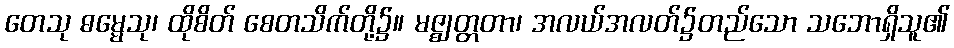
တေသု ဓမ္မေသု၊ ထိုစိတ် စေတသိက်တို့၌။ မဇ္ဈတ္တတာ၊ အလယ်အလတ်၌တည်သော သဘောရှိသူ၏